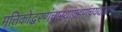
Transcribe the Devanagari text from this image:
मृत्तिकोद्धरणंचास्थांग्रहणंचयथाक्रमं